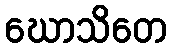
ဃောသိတေ